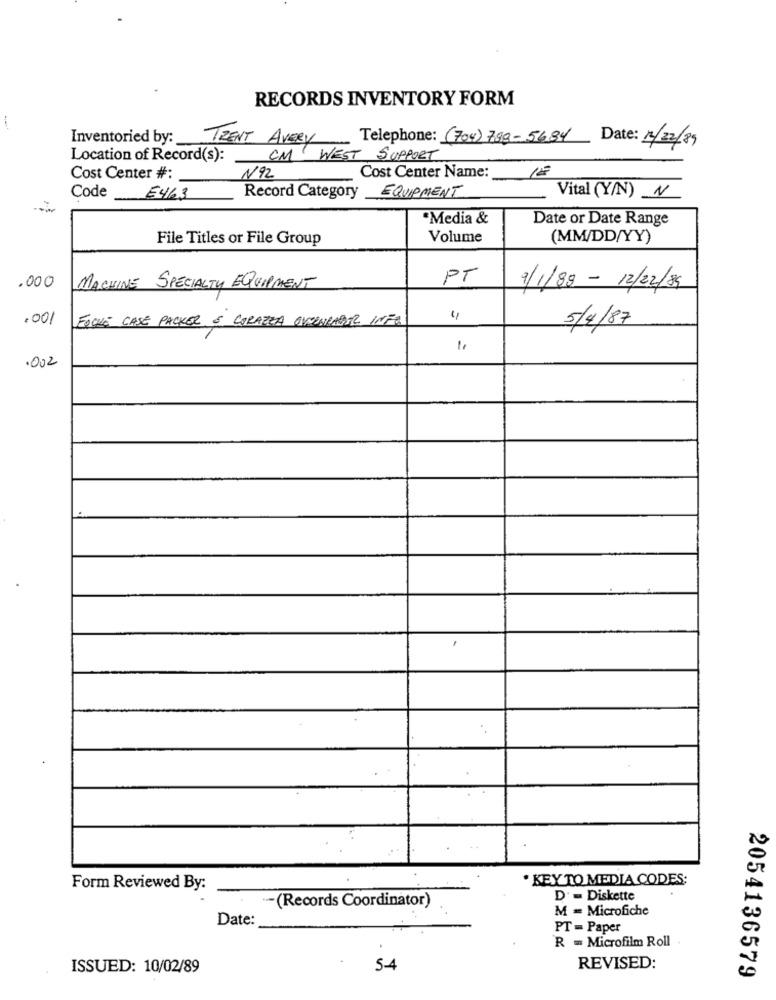
RECORDS INVENTORY FORM
Inventoried by:
TRENT AVERY Telephone: (704) 798-5634 Date: 13/22/89
Location of Record(s):
CM WEST SUPPORT
Cost Center Name:
Cost Center #:
N92
Code E463
Record Category EQUIPMENT
Vital (Y/N) N
Media &
Date or Date Range
File Titles or File Group
Volume
(MM/DD/YY)
PT
.000
MACHINE SPECIALTY EQUIPMENT
9/1/89 - 12/22/89
.001
EOQUE CASE PACKER & CORAZZA OVERNRABER INFO
5/4/87
1.
.002
· KEY TO MEDIA CODES;
Form Reviewed By:
D' = Diskette
-(Records Coordinator)
M = Microfiche
Date:
PT = Paper
R = Microfilm Roll
ISSUED: 10/02/89
5-4
REVISED:
2054136579